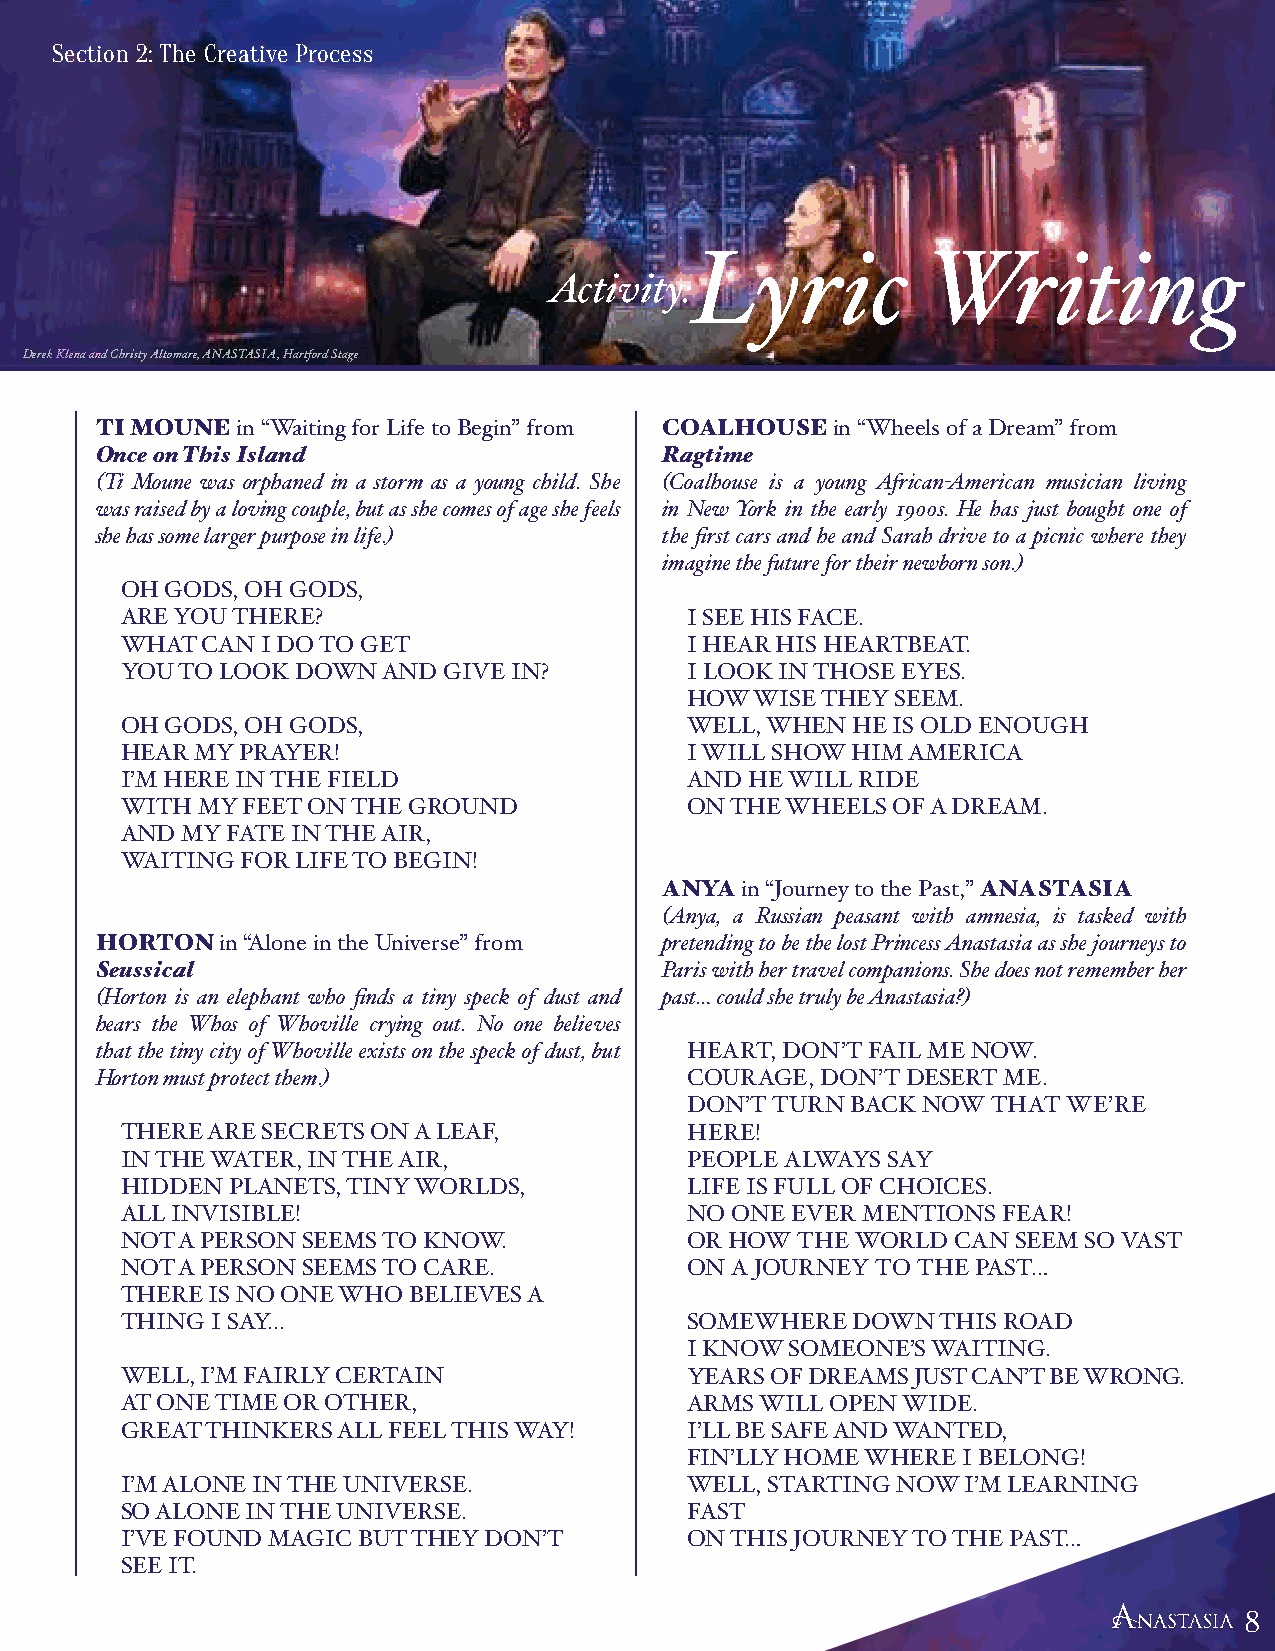
Section 2: The Creative Process
 Lyric          Writing
 Activity:
 Derek Klena and Christy Altomare, ANASTASIA, Hartford Stage
 TI MOUNE  in “Waiting for Life to Begin” from COALHOUSE in “Wheels of a Dream” from
 Once on This Island                   Ragtime
 (Ti Moune was orphaned in a storm as a young child. She (Coalhouse is a young African-American musician living
 was raised by a loving couple, but as she comes of age she feels in New York in the early 1900s. He has just bought one of
 she has some larger purpose in life.) the first cars and he and Sarah drive to a picnic where they
 imagine the future for their newborn son.)
 OH GODS, OH GODS,
 ARE YOU THERE?                        I SEE HIS FACE.
 WHAT CAN I DO TO GET                  I HEAR HIS HEARTBEAT.
 YOU TO LOOK DOWN AND GIVE IN?         I LOOK IN THOSE EYES.
 HOW WISE THEY SEEM.
 OH GODS, OH GODS,                     WELL, WHEN HE IS OLD ENOUGH
 HEAR MY PRAYER!                       I WILL SHOW HIM AMERICA
 I’M HERE IN THE FIELD                 AND HE WILL RIDE
 WITH MY FEET ON THE GROUND            ON THE WHEELS OF A DREAM.
 AND MY FATE IN THE AIR,
 WAITING FOR LIFE TO BEGIN!
 ANYA in “Journey to the Past,” ANASTASIA
 (Anya, a Russian peasant with amnesia, is tasked with
 HORTON   in “Alone in the Universe” from pretending to be the lost Princess Anastasia as she journeys to
 Seussical                             Paris with her travel companions. She does not remember her
 (Horton is an elephant who finds a tiny speck of dust and past… could she truly be Anastasia?)
 hears the Whos of Whoville crying out. No one believes
 that the tiny city of Whoville exists on the speck of dust, but HEART, DON’T FAIL ME NOW.
 Horton must protect them.)              COURAGE, DON’T DESERT ME.
 DON’T TURN BACK NOW THAT WE’RE
 THERE ARE SECRETS ON A LEAF,          HERE!
 IN THE WATER, IN THE AIR,             PEOPLE ALWAYS SAY
 HIDDEN PLANETS, TINY WORLDS,          LIFE IS FULL OF CHOICES.
 ALL INVISIBLE!                        NO ONE EVER MENTIONS FEAR!
 NOT A PERSON SEEMS TO KNOW.           OR HOW THE WORLD CAN SEEM SO VAST
 NOT A PERSON SEEMS TO CARE.           ON A JOURNEY TO THE PAST…
 THERE IS NO ONE WHO BELIEVES A
 THING I SAY...                        SOMEWHERE DOWN  THIS ROAD
 I KNOW SOMEONE’S WAITING.
 WELL, I’M FAIRLY CERTAIN              YEARS OF DREAMS JUST CAN’T BE WRONG.
 AT ONE TIME OR OTHER,                 ARMS WILL OPEN WIDE.
 GREAT THINKERS ALL FEEL THIS WAY!     I’LL BE SAFE AND WANTED,
 FIN’LLY HOME WHERE I BELONG!
 I’M ALONE IN THE UNIVERSE.            WELL, STARTING NOW I’M LEARNING
 SO ALONE IN THE UNIVERSE.             FAST
 I’VE FOUND MAGIC BUT THEY DON’T       ON THIS JOURNEY TO THE PAST…
 SEE IT.
 888